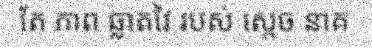
តែ ភាព ឆ្លាតវៃ របស់ ស្តេច នាគ